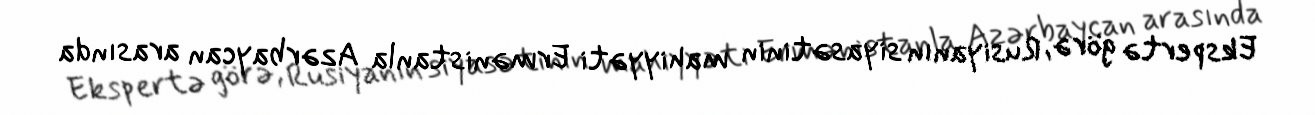
Ekspertə görə, Rusiyanın siyasətinin mahiyyəti Ermənistanla Azərbaycan arasında